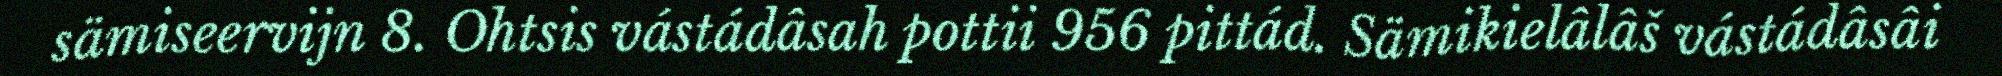
sämiseervijn 8. Ohtsis vástádâsah pottii 956 pittád. Sämikielâlâš vástádâsâi